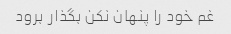
غم خود را پنهان نکن بگذار برود